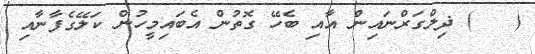
(   ) ޛިލްގަރްނައިން އާއި ބެހޭ ގޮތުން އެބައިމީހުން ކަލޭގެފާނާއި